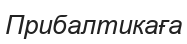
Прибалтикаға